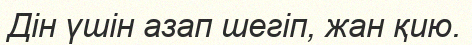
Дін үшін азап шегіп, жан қию.